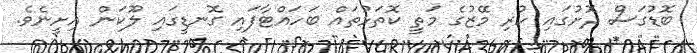
ބޮޑުގަސް ދޮށުގައި ހުރި މޭޒުގެ މަތީ ކޮތަޅުތައް ބަހައްޓާފައި ގޮނޑީގައި ލޫކަން އިށީނެވެ.